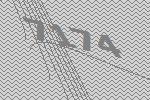
7174